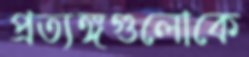
প্রত্যঙ্গগুলোকে